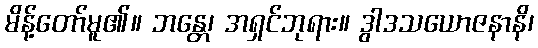
မိန့်တော်မူ၏။ ဘန္တေ၊ အရှင်ဘုရား။ ဒွါဒသယောဇနာနိ၊